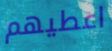
اعطيهم